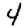
Digit: 4